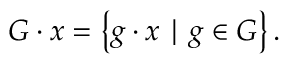
G \cdot x = \left\{ g \cdot x \mid g \in G \right\} .